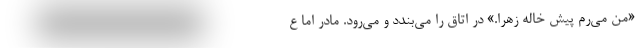
«من می‌رم پیش خاله زهرا.» در اتاق را می‌بندد و می‌رود. مادر اما ع